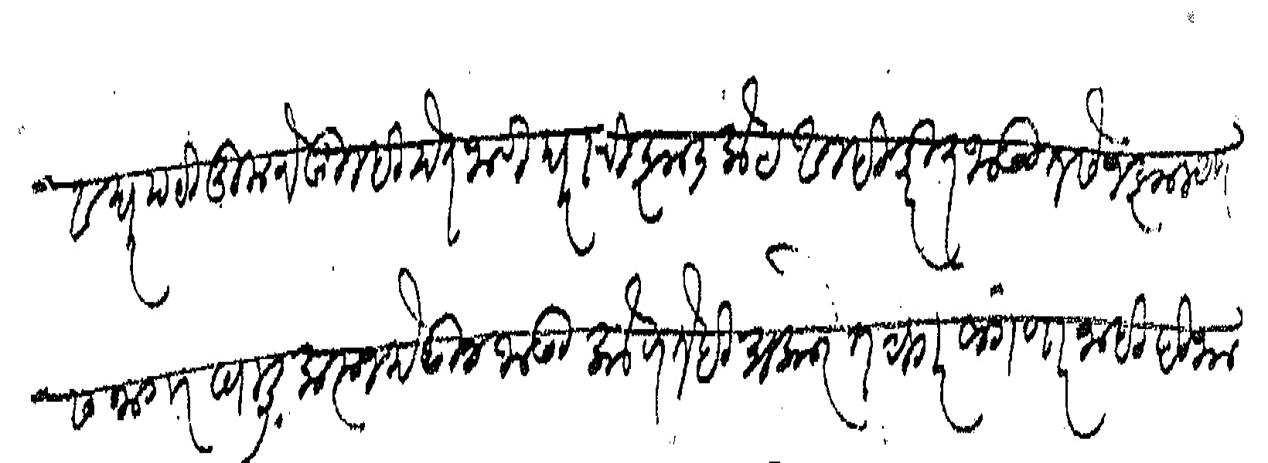
Transliteration (Devanagari): व घरपटी तुमचे तुम्ही देत जावी घराची झाडलोट आम्ही करीत जाऊ तसे न झाल्यास जागा खाली करून देऊन जाऊ कोणतेही प्रकारे तक्रार सांगणार नाही ही भाडेचिटी